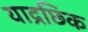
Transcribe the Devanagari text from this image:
याद्रछिक